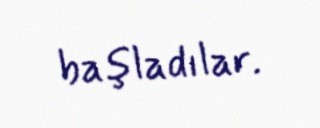
başladılar.